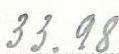
33.98